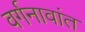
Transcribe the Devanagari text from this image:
वर्गनावांत